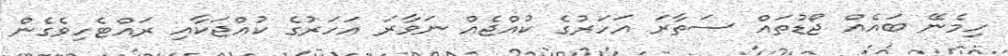
ހިމެނޭ ބައެއް ޖޯޑުތައް ސަތާރަ އަހަރުގެ ކުއްޖެއް ނަވާރަ އަހަރުގެ ކުއްޖަކާއި ރައްޓެހިވެގެން